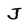
Character: J